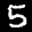
Label: 5